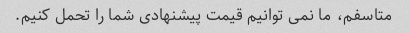
متاسفم، ما نمی توانیم قیمت پیشنهادی شما را تحمل کنیم.